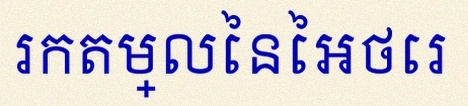
រកតម្លៃនៃអថេរ